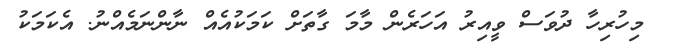
މިހުރިހާ ދުވަސް ވީއިރު އަހަރެން މާމަ ގާތަށް ކަމަކުއެއް ނާންނަމެއްނު. އެކަމަކު